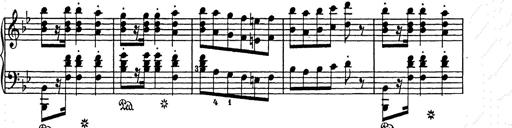
Title: Weihnachtsbaum
Composer: Franz Liszt